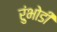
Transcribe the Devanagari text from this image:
रुंभोडी